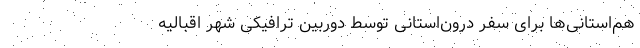
هم‌استانی‌ها برای سفر درون‌استانی توسط دوربین ترافیکی شهر اقبالیه